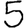
Digit: 5